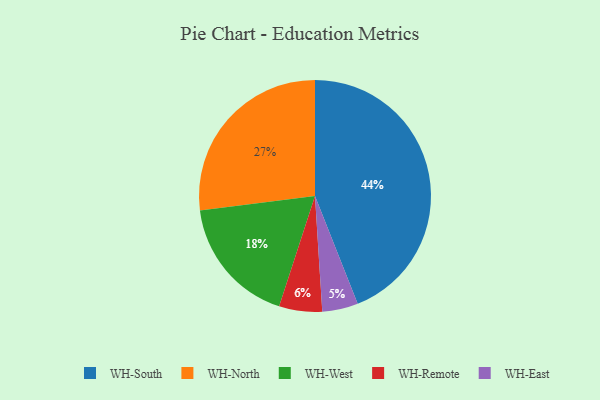
{"axis": {"x": "Category", "y": "Percentage"}, "legend": ["WH-East", "WH-North", "WH-Remote", "WH-South", "WH-West"], "data": [{"x": "WH-North", "y": 27, "type": "WH-North"}, {"x": "WH-Remote", "y": 6, "type": "WH-Remote"}, {"x": "WH-West", "y": 18, "type": "WH-West"}, {"x": "WH-East", "y": 5, "type": "WH-East"}, {"x": "WH-South", "y": 44, "type": "WH-South"}]}